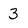
Character: 3